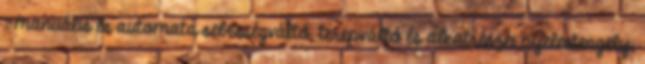
; manuális és automata sebességváltó, terepváltó és alkatrészei nyelestengely,